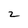
Character: 2